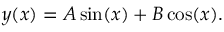
y ( x ) = A \sin ( x ) + B \cos ( x ) .